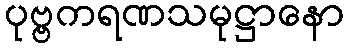
ပုဗ္ဗကရဏသမုဋ္ဌာနော